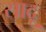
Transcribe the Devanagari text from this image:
सादू